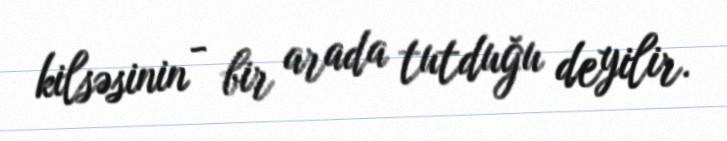
kilsəsinin - bir arada tutduğu deyilir.